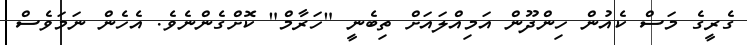
ގެރީގެ މަސް ކެއުން ހިންދޫން އަމިއްލައަށް ތިބެނީ "ހަރާމް" ކޮށްގެންނެވެ. އެހެން ނަމަވެސް